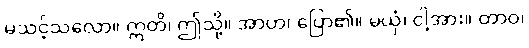
မသင့်သလော။ ဣတိ၊ ဤသို့။ အာဟ၊ ပြော၏။ မယှံ၊ ငါ့အား။ တာဝ၊